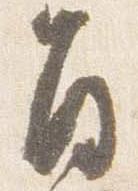
旨